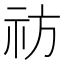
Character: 祊